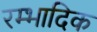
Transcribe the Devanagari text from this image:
रम्‍भादिक